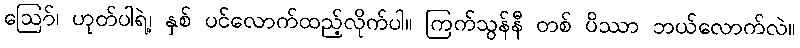
ဪ၊ ဟုတ်ပါရဲ့၊ နှစ် ပင်လောက်ထည့်လိုက်ပါ။ ကြက်သွန်နီ တစ် ပိဿာ ဘယ်လောက်လဲ။